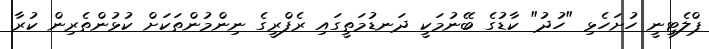
ޕްލެޓިނީ ހުށަހެޅި "ހުދު" ކާޑުގެ ބޭނުމަކީ ދަނޑުމަތީގައި ރެފްރީގެ ނިންމުންތަކަށް ކުޅުންތެރިން ކުރާ